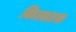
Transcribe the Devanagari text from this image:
किलाउस